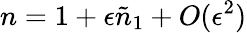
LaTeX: n=1+\epsilon\tilde{n}_{1}+O(\epsilon^{2})